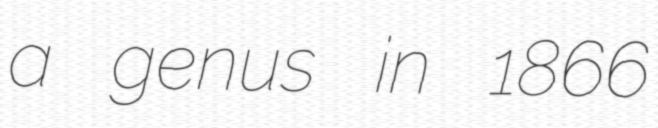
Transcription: a genus in 1866